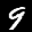
Label: 9